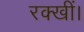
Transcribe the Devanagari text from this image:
रक्खीं।